Punjab Mental Hospital Lahore 1922-31 - 1922-1931
Year: 1922
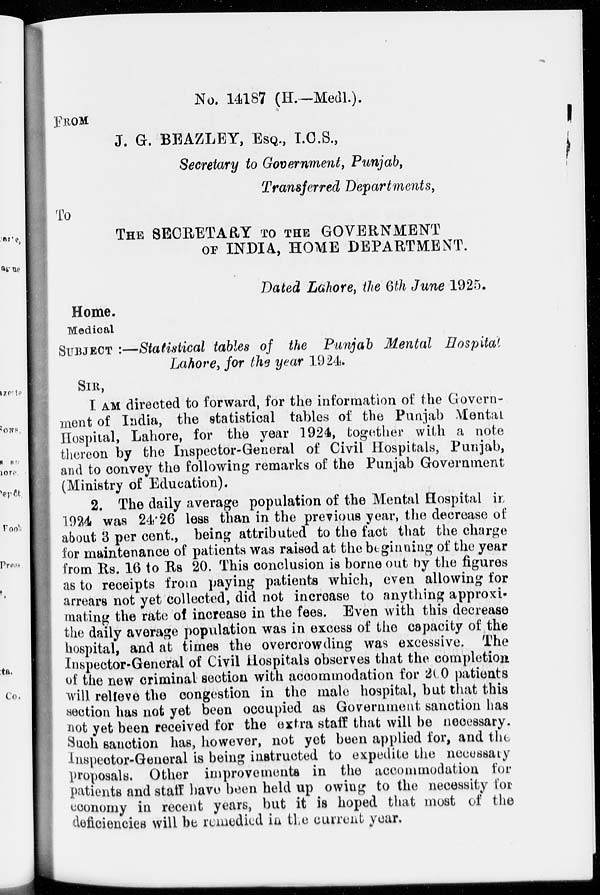
No. 14187 (H.—Medl.).
FROM
J. G. BEAZLEY, ESQ., I.C.S.,
Secretary to Government, Punjab,
Transferred Departments,
To
THE SECRETARY TO THE GOVERNMENT
OF INDIA, HOME DEPARTMENT.
Dated Lahore, the 6th June 1925.
Home.
Medical
SUBJECT :—Statistical tables of the Punjab Mental Hospital
Lahore, for the year 1924.
SIR,
I AM directed to forward, for the information of the Govern-
ment of India, the statistical tables of the Punjab Mental
Hospital, Lahore, for the year 1924, together with a note
thereon by the Inspector-General of Civil Hospitals, Punjab,
and to convey the following remarks of the Punjab Government
(Ministry of Education).
2. The daily average population of the Mental Hospital in
1924 was 24.26 less than in the previous year, the decrease of
about 3 per cent., being attributed to the fact that the charge
for maintenance of patients was raised at the beginning of the year
from Rs. 16 to Rs 20. This conclusion is borne out by the figures
as to receipts from paying patients which, even allowing for
arrears not yet collected, did not increase to anything approxi-
mating the rate of increase in the fees. Even with this decrease
the daily average population was in excess of the capacity of the
hospital, and at times the overcrowding was excessive. The
Inspector-General of Civil Hospitals observes that the completion
of the new criminal section with accommodation for 200 patients
will relieve the congestion in the male hospital, but that this
section has not yet been occupied as Government sanction has
not yet been received for the extra staff that will be necessary.
Such sanction has, however, not yet been applied for, and the
Inspector-General is being instructed to expedite the necessary
proposals. Other improvements in the accommodation for
patients and staff have been held up owing to the necessity for
economy in recent years, but it is hoped that most of the
deficiencies will be remedied in the current year.